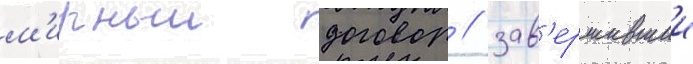
м'ирныи договор / зав'ершившии